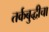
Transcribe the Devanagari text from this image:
तर्कबुद्धीचा